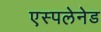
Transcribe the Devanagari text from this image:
एस्पलेनेड